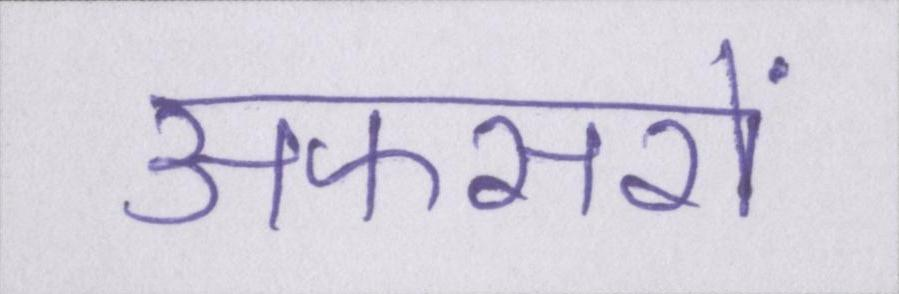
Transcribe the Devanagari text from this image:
अफसरों